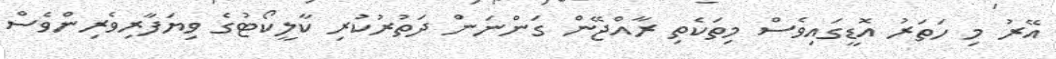
އޭރު މި ހަތަރު އޮޑީގައިވެސް މިތަކެތި ރާއްޖޭން ގަންނަން ދަތުރުކުރި ކާލީކޯޓުގެ ވިޔަފާރިވެރިންވެސް